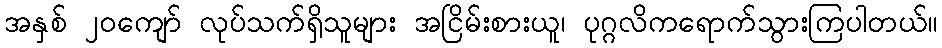
အနှစ် ၂၀ကျော် လုပ်သက်ရှိသူများ အငြိမ်းစားယူ၊ ပုဂ္ဂလိကရောက်သွားကြပါတယ်။